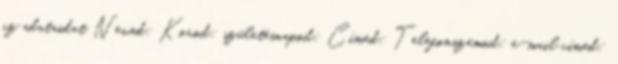
az adataidat Neved: Korod: születésnapod: Címed: Telefonszámod: e-mail címed: